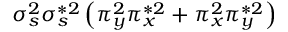
\sigma _ { s } ^ { 2 } \sigma _ { s } ^ { * 2 } \left( \pi _ { y } ^ { 2 } \pi _ { x } ^ { * 2 } + \pi _ { x } ^ { 2 } \pi _ { y } ^ { * 2 } \right)